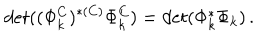
LaTeX: d e t ( ( \Phi _ { k } ^ { C } ) ^ { * ( C ) } \Phi _ { k } ^ { C } ) = d e t ( \Phi _ { k } ^ { * } \Phi _ { k } ) \, .